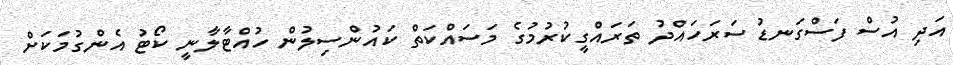
އަދި އުސް ފަސްގަނޑު ސަރަހައްދު ތަރައްގީކުރުމުގެ މަސައްކަތް ކައުންސިލުން ހުއްޓާލާނީ ކޯޓު އެންގުމަކަށް